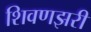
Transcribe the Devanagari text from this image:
शिवणझरी